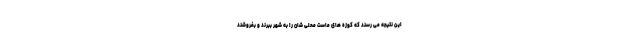
این نتیجه می رسند که کوزه های ماست محلی شان را به شهر ببرند و بفروشند